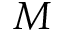
M